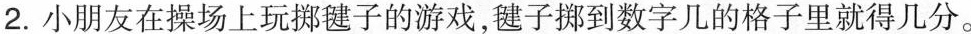
2.小朋友在操场上玩梆毽子的游戏，毽子挪到数字几的格子里就得几分。